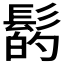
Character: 𩭲